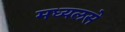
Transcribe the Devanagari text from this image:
मध्यलसे